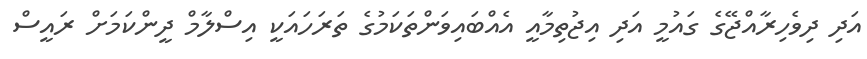
އަދި ދިވެހިރާއްޖޭގެ ގައުމީ އަދި އިޖުތިމާއީ އެއްބައިވަންތަކަމުގެ ތަރަހައަކީ އިސްލާމް ދީންކަމަށް ރައީސް